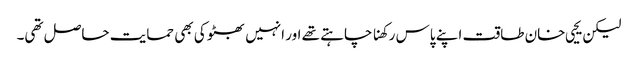
لیکن یحیی خان طاقت اپنے پاس رکھنا چاہتے تھے اور انہیں بھٹو کی بھی حمایت حاصل تھی۔